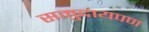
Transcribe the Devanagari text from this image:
समुदायपण